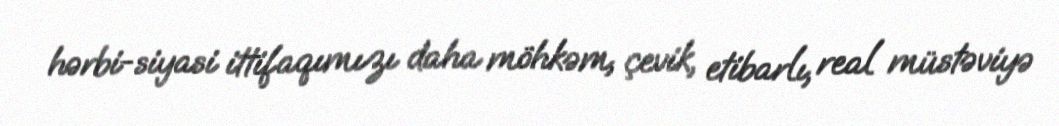
hərbi-siyasi ittifaqımızı daha möhkəm, çevik, etibarlı, real müstəviyə